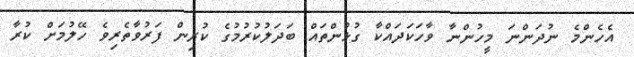
އެހެންމެ ނުދަންނަ މީހުންނާ ވާހަކަދައްކާ ގުޅުންތައް ބަދަލުކުރުމުގެ ކުރިން ފަރުވާތެރިވެ ހޭލުމަށް ކުރާ